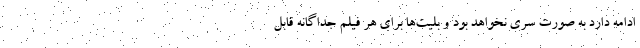
ادامه دارد به صورت سری نخواهد بود و بلیت‌ها برای هر فیلم جداگانه قابل